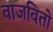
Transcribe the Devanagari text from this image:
वाजवितो